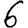
Digit: 6